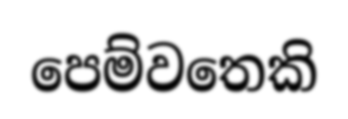
පෙම්වතෙකි